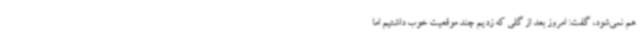
هم نمی‌شود، گفت: امروز بعد از گلی که زدیم چند موقعیت خوب داشتیم اما